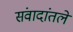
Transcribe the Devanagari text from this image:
संवादांतले